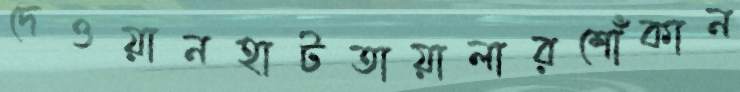
দেওয়ানহাটতায়ালারশোঁকান